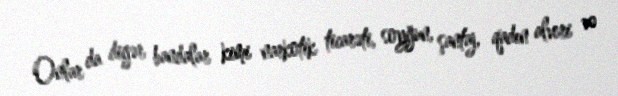
Onlar da digər bandalar kimi narkotik ticarəti, soyğun, şantaj, qadın alveri və